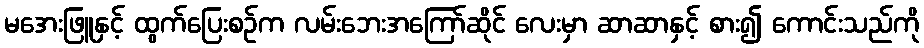
မအေးဖြူနှင့် ထွက်ပြေးစဉ်က လမ်းဘေးအကြော်ဆိုင် လေးမှာ ဆာဆာနှင့် စား၍ ကောင်းသည်ကို